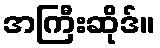
အကြီးဆိုဒ်။